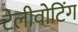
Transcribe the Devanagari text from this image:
टेलीवोटिंग